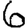
Digit: 6